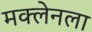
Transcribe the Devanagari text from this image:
मक्लेनला